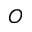
O